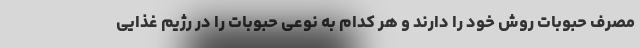
مصرف حبوبات روش خود را دارند و هر کدام به نوعی حبوبات را در رژیم غذایی